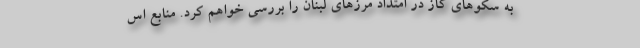
به سکوهای گاز در امتداد مرزهای لبنان را بررسی خواهم کرد. منابع اس